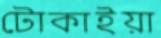
টোকাইয়া